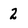
Character: 2